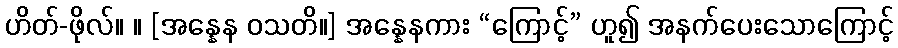
ဟိတ်-ဖိုလ်။ ။ [အန္နေန ဝသတိ။] အန္နေနကား “ကြောင့်” ဟူ၍ အနက်ပေးသောကြောင့်